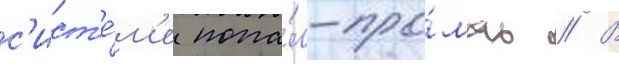
с'ист'е́м'е попа́л-про́мах // В